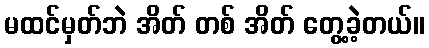
မထင်မှတ်ဘဲ အိတ် တစ် အိတ် တွေ့ခဲ့တယ်။